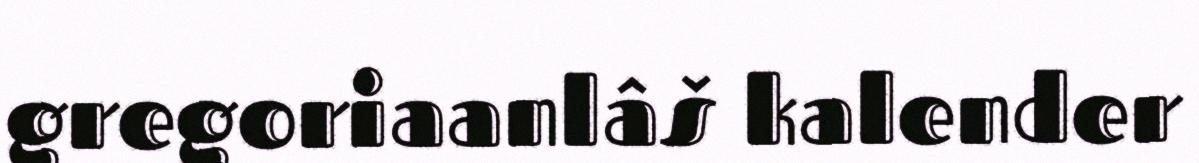
gregoriaanlâš kalender